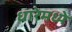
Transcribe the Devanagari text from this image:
धारेमध्ये